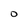
Character: O